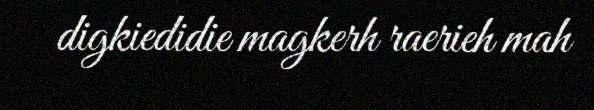
digkiedidie magkerh raerieh mah